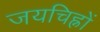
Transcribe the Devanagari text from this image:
जयचिह्नों